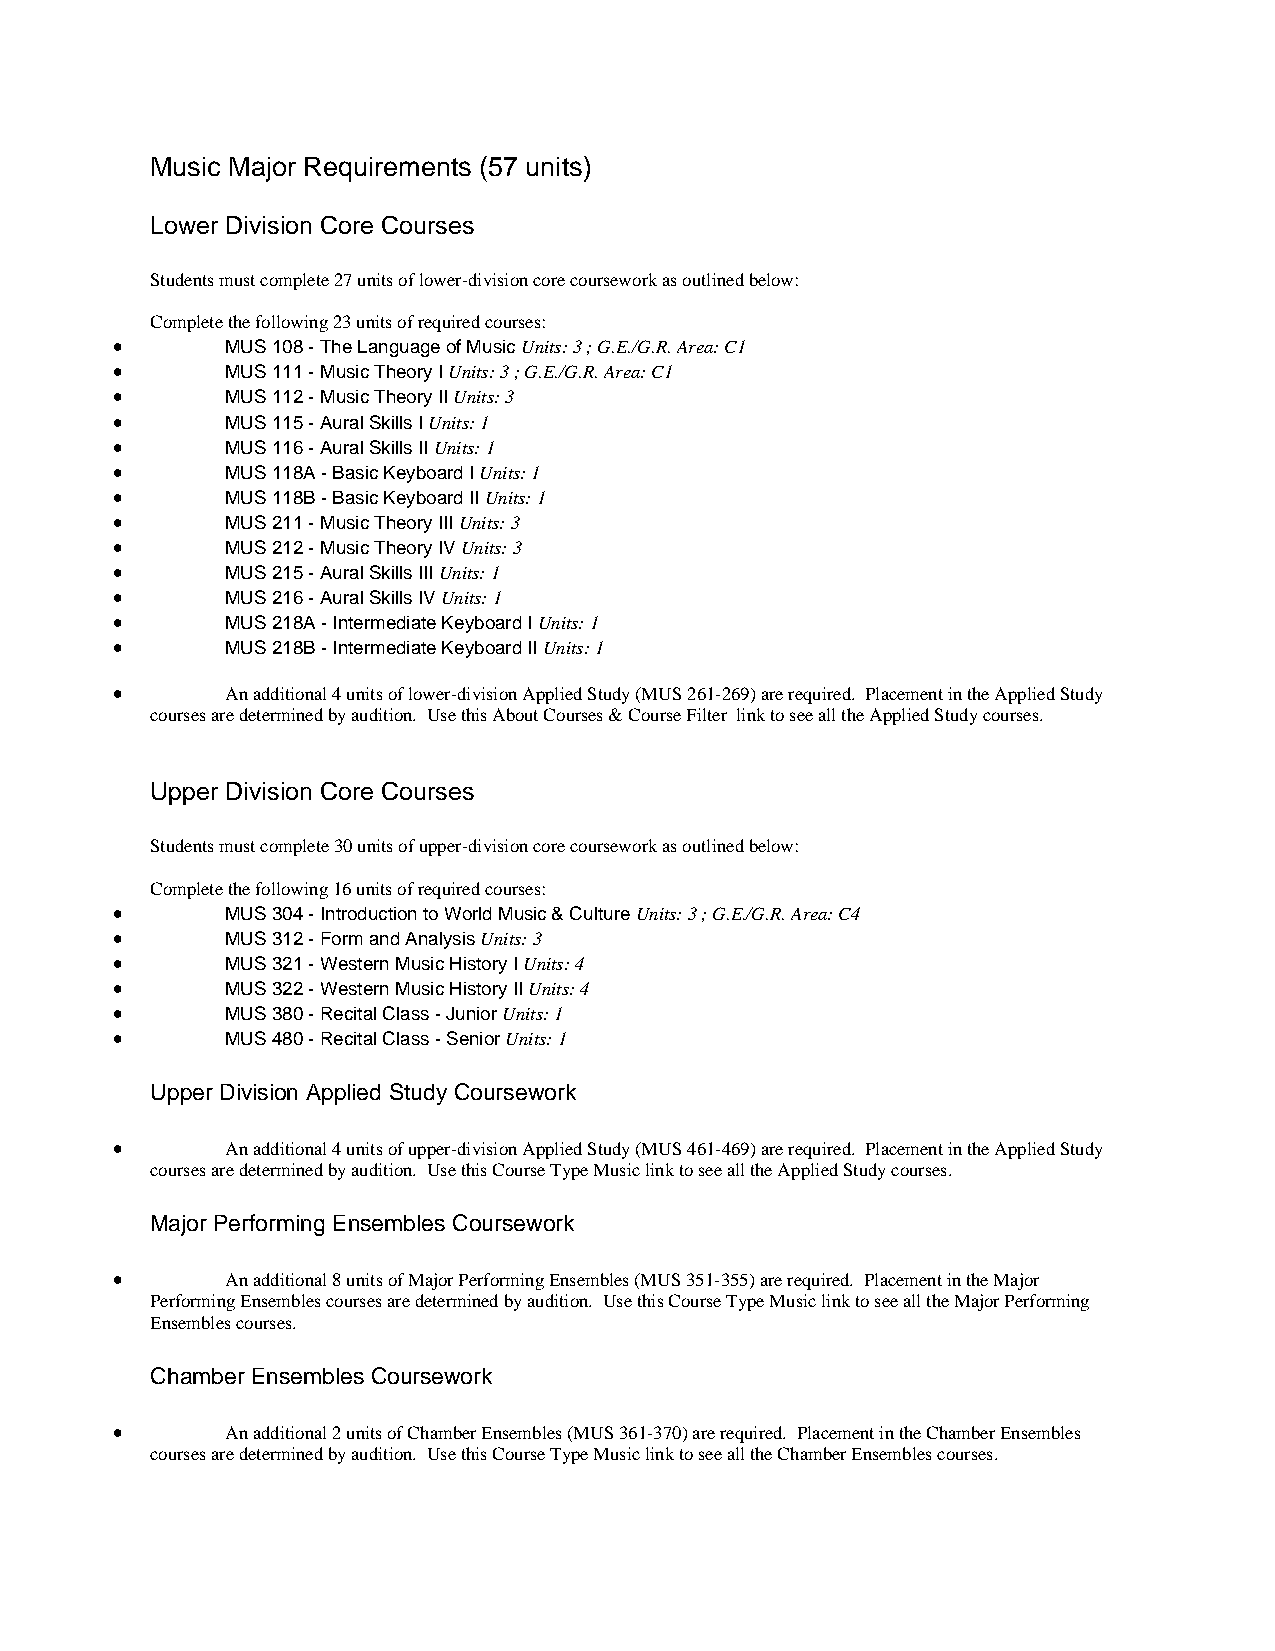
Music Major Requirements (57 units)
 Lower Division Core Courses
 Students must complete 27 units of lower-division core coursework as outlined below:
 Complete the following 23 units of required courses:
 •       MUS 108 - The Language of Music Units: 3 ; G.E./G.R. Area: C1
 •       MUS 111 - Music Theory I Units: 3 ; G.E./G.R. Area: C1
 •       MUS 112 - Music Theory II Units: 3
 •       MUS 115 - Aural Skills I Units: 1
 •       MUS 116 - Aural Skills II Units: 1
 •       MUS 118A - Basic Keyboard I Units: 1
 •       MUS 118B - Basic Keyboard II Units: 1
 •       MUS 211 - Music Theory III Units: 3
 •       MUS 212 - Music Theory IV Units: 3
 •       MUS 215 - Aural Skills III Units: 1
 •       MUS 216 - Aural Skills IV Units: 1
 •       MUS 218A - Intermediate Keyboard I Units: 1
 •       MUS 218B - Intermediate Keyboard II Units: 1
 •       An additional 4 units of lower-division Applied Study (MUS 261-269) are required. Placement in the Applied Study
 courses are determined by audition. Use this About Courses & Course Filter link to see all the Applied Study courses.
 Upper Division Core Courses
 Students must complete 30 units of upper-division core coursework as outlined below:
 Complete the following 16 units of required courses:
 •       MUS 304 - Introduction to World Music & Culture Units: 3 ; G.E./G.R. Area: C4
 •       MUS 312 - Form and Analysis Units: 3
 •       MUS 321 - Western Music History I Units: 4
 •       MUS 322 - Western Music History II Units: 4
 •       MUS 380 - Recital Class - Junior Units: 1
 •       MUS 480 - Recital Class - Senior Units: 1
 Upper Division Applied Study Coursework
 •       An additional 4 units of upper-division Applied Study (MUS 461-469) are required. Placement in the Applied Study
 courses are determined by audition. Use this Course Type Music link to see all the Applied Study courses.
 Major Performing Ensembles Coursework
 •       An additional 8 units of Major Performing Ensembles (MUS 351-355) are required. Placement in the Major
 Performing Ensembles courses are determined by audition. Use this Course Type Music link to see all the Major Performing
 Ensembles courses.
 Chamber Ensembles Coursework
 •       An additional 2 units of Chamber Ensembles (MUS 361-370) are required. Placement in the Chamber Ensembles
 courses are determined by audition. Use this Course Type Music link to see all the Chamber Ensembles courses.